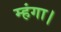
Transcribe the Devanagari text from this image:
म्हंगा।